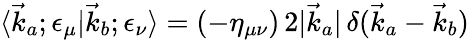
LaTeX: \langle{\vec{k}}_{a};\epsilon_{\mu}|{\vec{k}}_{b};\epsilon_{\nu}\rangle=(-\eta_{\mu\nu})\, 2|{\vec{k}}_{a}|\, \delta({\vec{k}}_{a}-{\vec{k}}_{b})